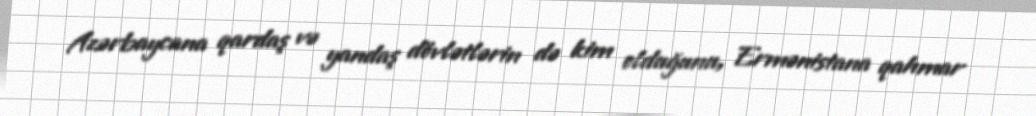
Azərbaycana qardaş və yandaş dövlətlərin də kim olduğunu, Ermənistana qahmar